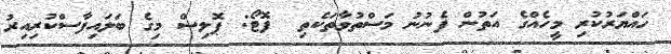
ހައްޔަރުކުރި މީހެއްގެ އަތުން ފެނުނު މަސްތުވާތަކެތި  ފޮޓޯ: ޕޮލިސް މިގެ ބަލައިފާސްކުރިއިރު